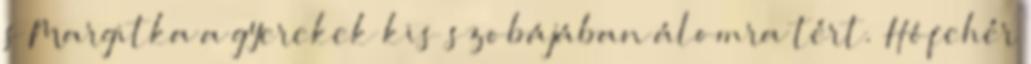
s Margitka a gyerekek kis szobájában álomra tért. Hófehér